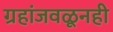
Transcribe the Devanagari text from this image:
ग्रहांजवळूनही